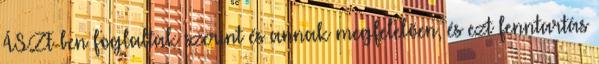
ÁSZF-ben foglaltak szerint és annak megfelelően, és ezt fenntartás